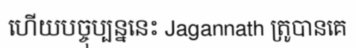
ហើយបច្ចុប្បន្ននេះ Jagannath ត្រូបានគេ